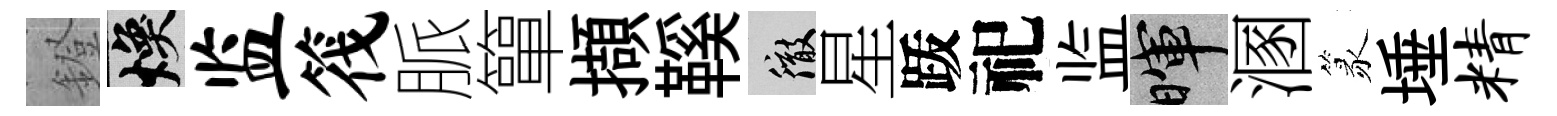
鐙焕监筏脈簞擷鞵徹星䟦祀监暉溷篆埵精